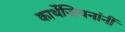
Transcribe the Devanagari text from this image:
कार्थेजियनांनीं